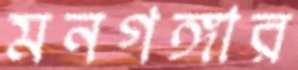
মনগঙ্গার